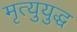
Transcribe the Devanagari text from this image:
मृत्युयुद्ध